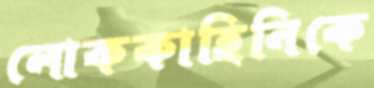
লোককাহিনিকে